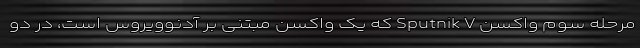
مرحله سوم واکسن Sputnik V که یک واکسن مبتنی بر آدنوویروس است، در دو